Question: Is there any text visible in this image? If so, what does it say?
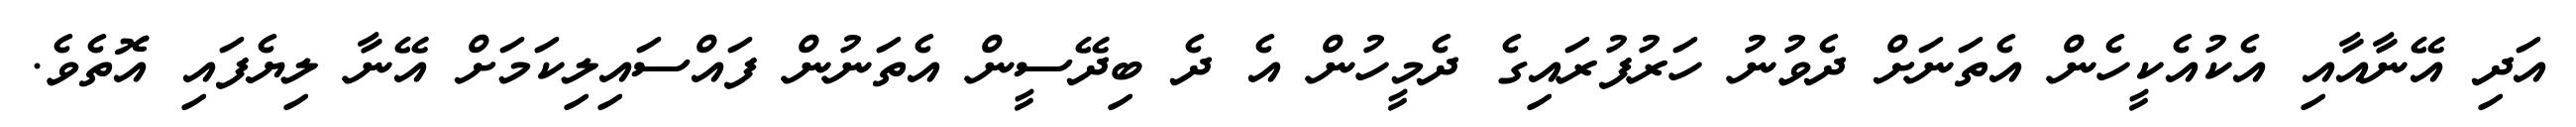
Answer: އަދި އޭނާއާއި އެކުއެކީހެން އެތަނަށް ދެވުނު ހަރުފުރައިގެ ދެމީހުން އެ ދެ ބިދޭސީން އެތަނުން ފައްސައިލިކަމަށް އޭނާ ލިޔެފައި އޮތެވެ.